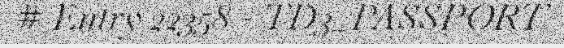
# Entry 22358 - TD3_PASSPORT